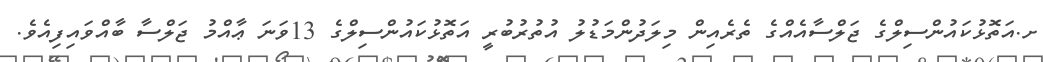
ށ.އަތޮޅުކައުންސިލްގެ ޖަލްސާއެއްގެ ތެރެއިން މިލަދުންމަޑުލު އުތުރުބުރީ އަތޮޅުކައުންސިލްގެ 13ވަނަ ޢާއްމު ޖަލްސާ ބާއްވައިފިއެވެ.